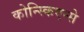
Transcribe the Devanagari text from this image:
कोन्स्किएन्से